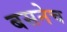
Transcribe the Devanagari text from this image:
बसनेच